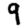
Digit: 9